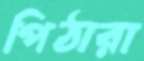
পিঠারা